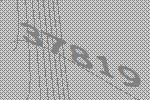
37819